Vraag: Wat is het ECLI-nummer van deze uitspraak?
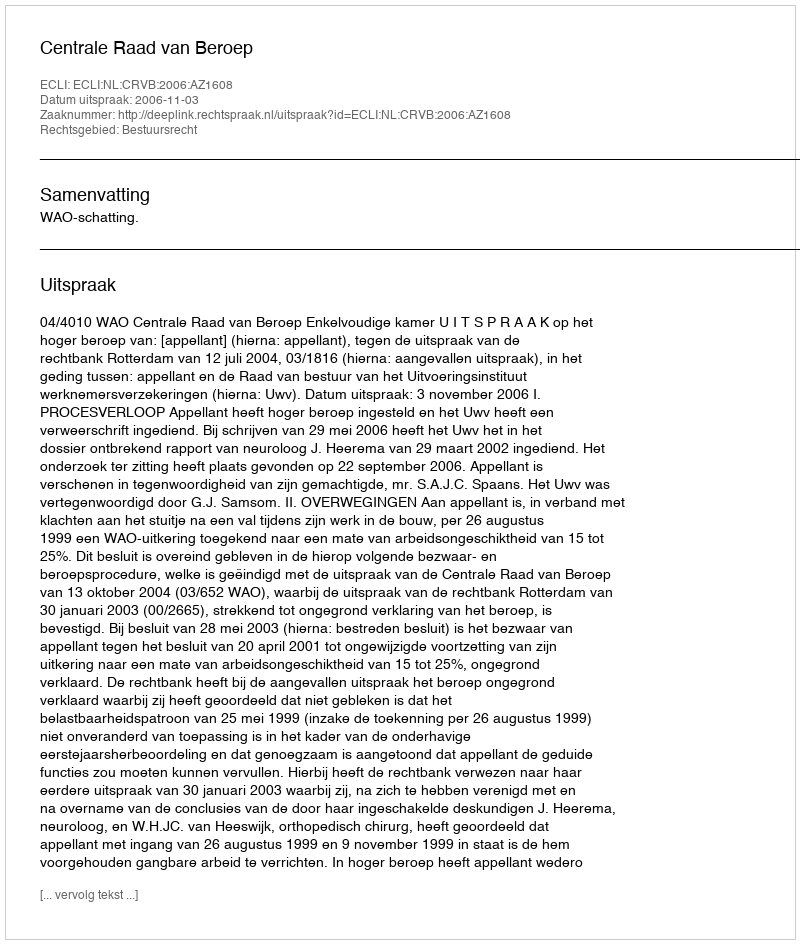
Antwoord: ECLI:NL:CRVB:2006:AZ1608